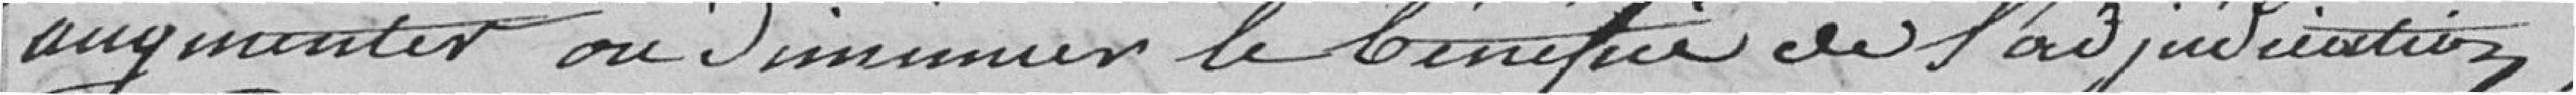
augmenter ou diminuer le bénéfice de l'adjudication ;